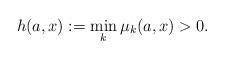
LaTeX: \begin{align*}h(a,x): =\min_k\mu_k(a,x) >0.\end{align*}